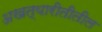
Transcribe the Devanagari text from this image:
अखत्यारीतीतील